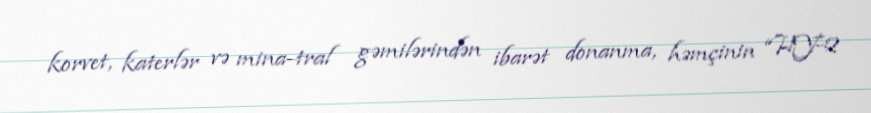
korvet, katerlər və mina-tral gəmilərindən ibarət donanma, həmçinin “HY-2